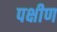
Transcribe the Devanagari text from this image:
पक्षीण